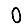
Digit: 0